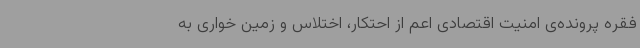
فقره پرونده‌ی امنیت اقتصادی اعم از احتکار، اختلاس و زمین خواری به